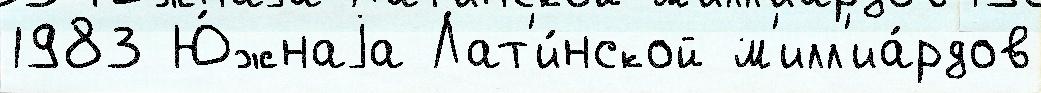
1983 Ю́жнаjа Лат'и́нской м'илл'иа́рдов